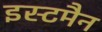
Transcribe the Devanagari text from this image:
इस्टमैन